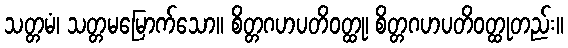
သတ္တမံ၊ သတ္တမမြောက်သော။ စိတ္တဂဟပတိဝတ္ထု၊ စိတ္တဂဟပတိဝတ္ထုတည်း။